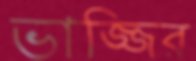
ভাজ্জির